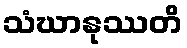
သံဃာနုဿတိ